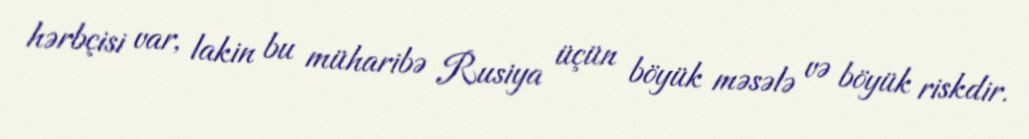
hərbçisi var, lakin bu müharibə Rusiya üçün böyük məsələ və böyük riskdir.